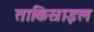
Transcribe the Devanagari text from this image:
ताकिस्राइल